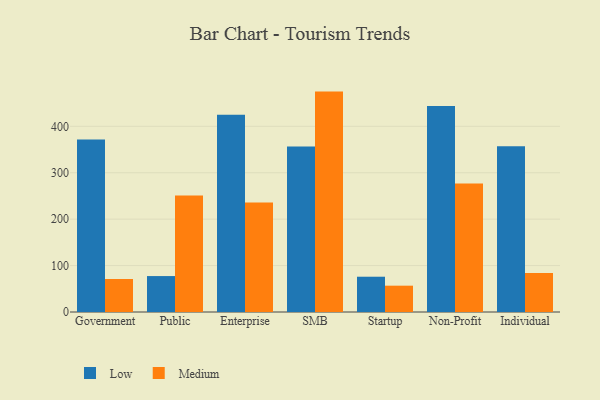
{"axis": {"x": "Segment", "y": "Conversion Rate (%)"}, "legend": ["Low", "Medium"], "data": [{"x": "Government", "y": 371.6, "type": "Low"}, {"x": "Government", "y": 71.1, "type": "Medium"}, {"x": "Public", "y": 77.4, "type": "Low"}, {"x": "Public", "y": 251.0, "type": "Medium"}, {"x": "Enterprise", "y": 424.7, "type": "Low"}, {"x": "Enterprise", "y": 235.9, "type": "Medium"}, {"x": "SMB", "y": 356.6, "type": "Low"}, {"x": "SMB", "y": 474.8, "type": "Medium"}, {"x": "Startup", "y": 76.0, "type": "Low"}, {"x": "Startup", "y": 56.7, "type": "Medium"}, {"x": "Non-Profit", "y": 444.0, "type": "Low"}, {"x": "Non-Profit", "y": 276.8, "type": "Medium"}, {"x": "Individual", "y": 357.1, "type": "Low"}, {"x": "Individual", "y": 84.2, "type": "Medium"}]}